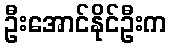
ဦးအောင်နိုင်ဦးက